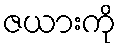
ဇယားကို